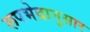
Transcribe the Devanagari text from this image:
रूपभेदानुसार